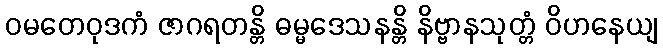
ဝမတေဝုဒကံ ဇာဂရတန္တိ ဓမ္မဒေသနန္တိ နိဗ္ဗာနသုတ္တံ ဝိဟနေယျ